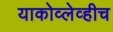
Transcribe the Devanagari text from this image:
याकोव्लेव्हीच